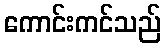
ကောင်းကင်သည်